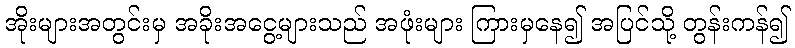
အိုးများအတွင်းမှ အခိုးအငွေ့များသည် အဖုံးများ ကြားမှနေ၍ အပြင်သို့ တွန်းကန်၍